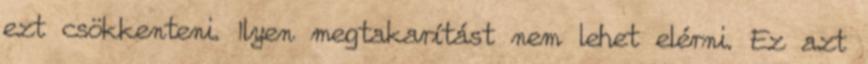
ezt csökkenteni. Ilyen megtakarítást nem lehet elérni. Ez azt